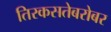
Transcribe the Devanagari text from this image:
तिरकसतेबरोबर